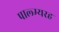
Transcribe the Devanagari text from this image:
पाल्म्यरह